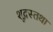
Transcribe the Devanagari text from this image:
शूद्रस्तथा